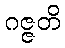
ဂဇ္ဇတိ